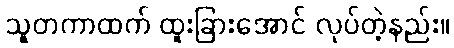
သူတကာထက် ထူးခြားအောင် လုပ်တဲ့နည်း။